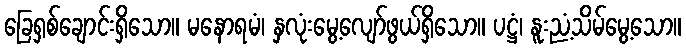
ခြေရှစ်ချောင်းရှိသော။ မနောရမံ၊ နှလုံးမွေ့လျော်ဖွယ်ရှိသော။ ပဋ္ဌံ၊ နူးညံ့သိမ်မွေ့သော။